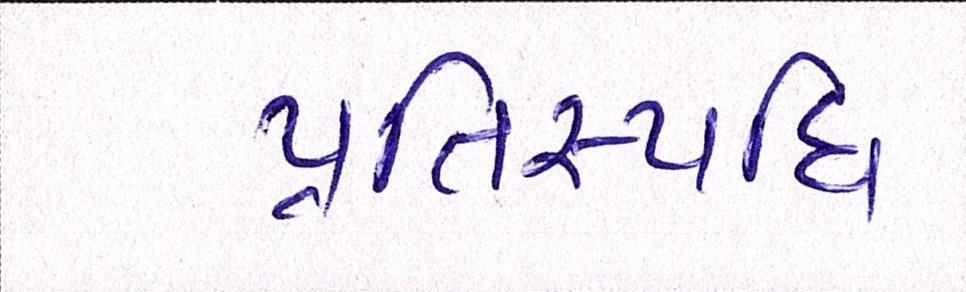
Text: પ્રતિસ્પધિ